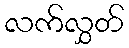
လက်လွှတ်